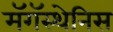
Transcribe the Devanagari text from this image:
मॅगॅस्थेनिस